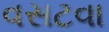
વસટવા